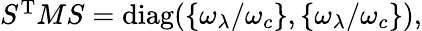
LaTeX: \begin{array}{r}{S^{\mathrm{T}}MS=\mathrm{diag}(\left\{ \omega_{\lambda}/\omega_{c}\right\} ,\left\{ \omega_{\lambda}/\omega_{c}\right\} ),}\end{array}